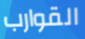
القوارب